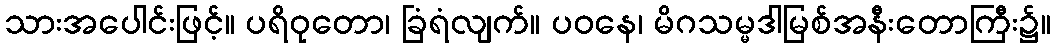
သားအပေါင်းဖြင့်။ ပရိဝုတော၊ ခြံရံလျက်။ ပဝနေ၊ မိဂသမ္မဒါမြစ်အနီးတောကြီး၌။